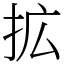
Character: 拡